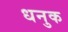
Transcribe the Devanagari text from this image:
धनुक